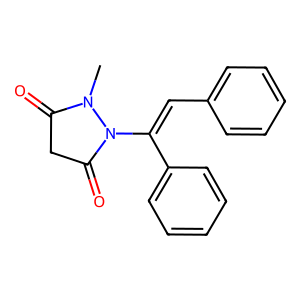
SMILES: CN1C(=O)CC(=O)N1C(=Cc1ccccc1)c1ccccc1
Inhibits HIV replication: No